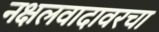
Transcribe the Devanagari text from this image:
नक्षलवादावरचा